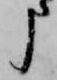
申